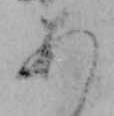
あ